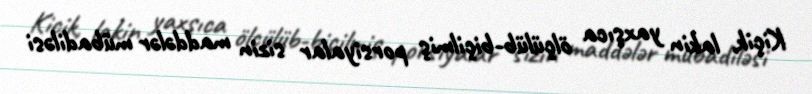
Kiçik, lakin yaxşıca ölçülüb-biçilmiş porsiyalar sizin maddələr mübadiləsi